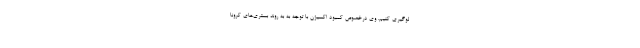
لوگیری کنیم. وی درخصوص کمبود اکسیژن با توجه به به روند بستری‌های کرونا